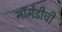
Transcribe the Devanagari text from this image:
नॉर्मंडीची